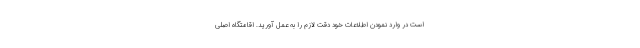
است در وارد نمودن اطلاعات خود دقت لازم را به عمل آورید. اقامتگاه اصلی